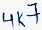
Text: 4k7